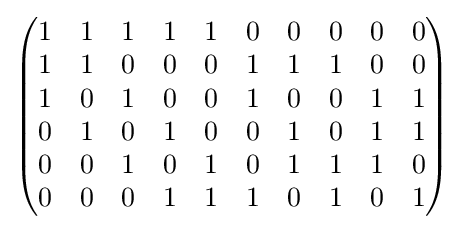
{\begin{pmatrix}1&1&1&1&1&0&0&0&0&0\\1&1&0&0&0&1&1&1&0&0\\1&0&1&0&0&1&0&0&1&1\\0&1&0&1&0&0&1&0&1&1\\0&0&1&0&1&0&1&1&1&0\\0&0&0&1&1&1&0&1&0&1\\\end{pmatrix}}